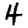
Digit: 4